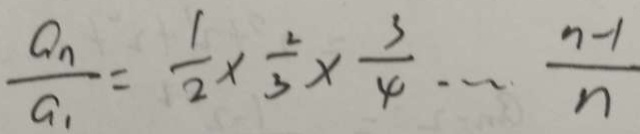
\frac { a _ { n } } { a _ { 1 } } = \frac { 1 } { 2 } \times \frac { 2 } { 3 } \times \frac { 3 } { 4 } \cdots \frac { n - 1 } { n }